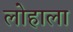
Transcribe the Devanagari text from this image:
लोहाला